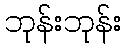
ဘုန်းဘုန်း